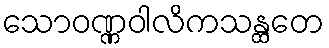
သောဝဏ္ဏဝါလိကသန္ထတေ